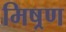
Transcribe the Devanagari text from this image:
मिष्रण